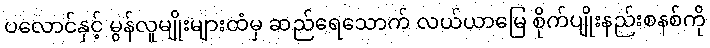
ပလောင်နှင့် မွန်လူမျိုးများထံမှ ဆည်ရေသောက် လယ်ယာမြေ စိုက်ပျိုးနည်းစနစ်ကို